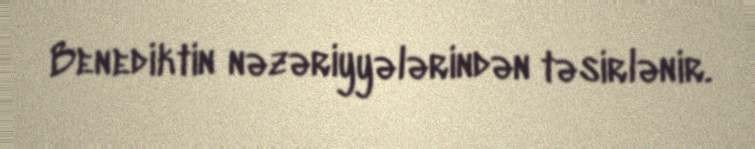
Benediktin nəzəriyyələrindən təsirlənir.